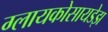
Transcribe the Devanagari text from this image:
ग्लायकोसायडेझ